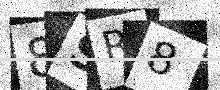
Text: 8SR8